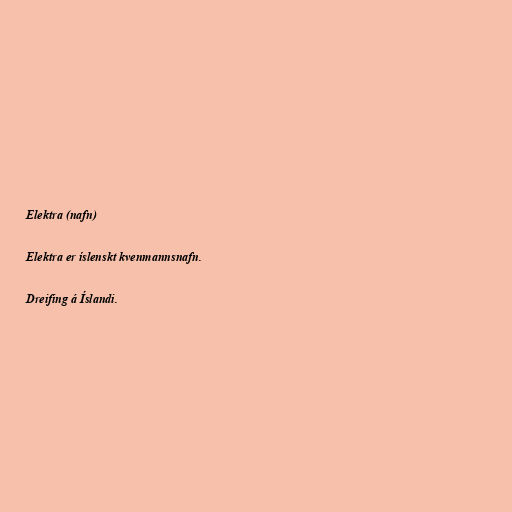
Elektra (nafn)

Elektra er íslenskt kvenmannsnafn.

Dreifing á Íslandi.